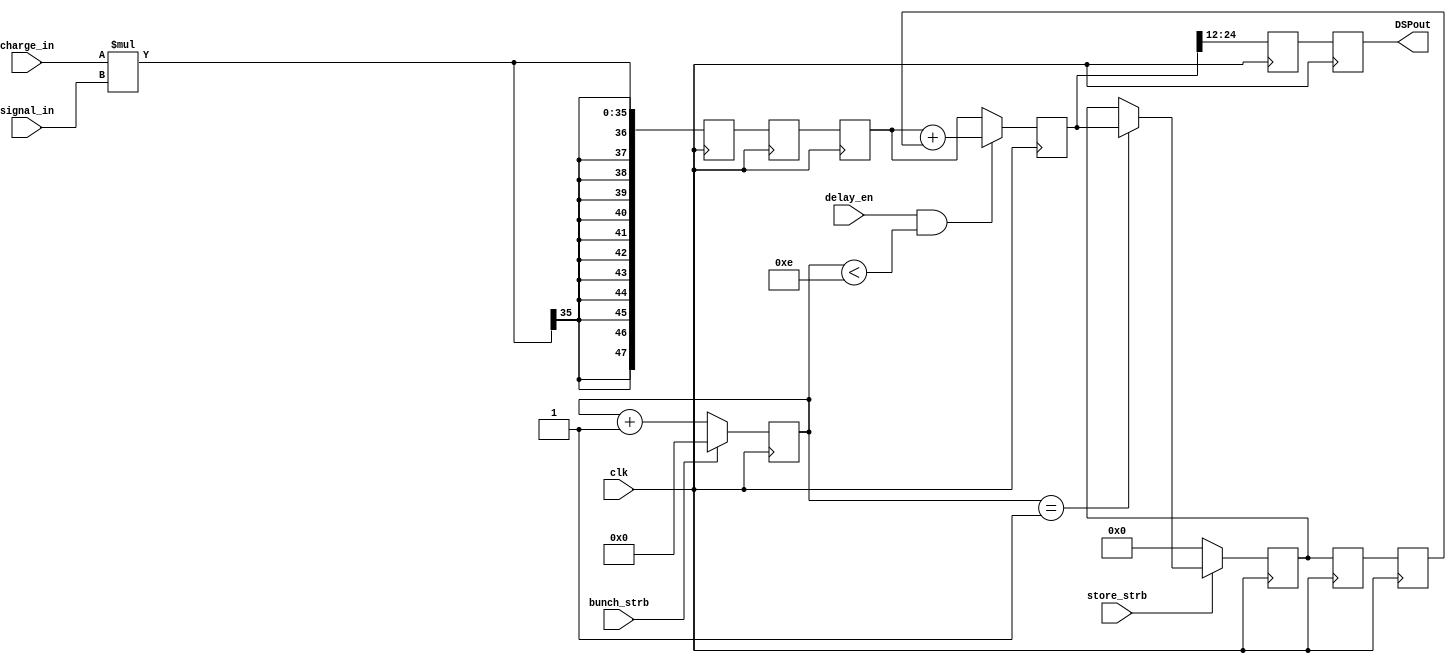
module DSP48E_1(
			input signed [20:0] charge_in,
			input signed [14:0] signal_in,
			input delay_en,
			input clk,
			input store_strb,
			output reg [12:0] DSPout,
			input bunch_strb
    );


(* equivalent_register_removal = "no"*) reg [7:0] j;

reg signed [47:0]  DSPout_temp, DSPout_temp2,DSPout_temp4,DSPout_temp5;
reg signed [47:0] delayed =48'b0; 
reg signed [47:0] delayed_a =48'b0; 
reg signed [47:0] delayed_b =48'b0; 
reg signed [12:0] DSPout_temp6;
//reg signed [47:0] delayed_c =48'b0; 
initial DSPout=0;
//reg signed [20:0] charge_in_a;
//reg signed [14:0] signal_in_a;

always @ (posedge clk) begin
if (delay_en==1 & j<14) begin
//charge_in_a<=charge_in;
//signal_in_a<=signal_in;
DSPout_temp <= (charge_in*signal_in);
DSPout_temp2<=DSPout_temp;
DSPout_temp4<=DSPout_temp2;
DSPout_temp5<=DSPout_temp4+delayed;
DSPout_temp6 <= DSPout_temp5[24:12];
DSPout<=DSPout_temp6;

end
else begin
//charge_in_a<=charge_in;
//signal_in_a<=signal_in;
DSPout_temp <= (charge_in*signal_in);
DSPout_temp2<=DSPout_temp;
DSPout_temp4<=DSPout_temp2;
DSPout_temp5<=DSPout_temp4;
DSPout_temp6 <= DSPout_temp5[24:12];
DSPout<=DSPout_temp6;
end
end


// ***** Clk Counter after strobe *****
always @ (posedge clk) begin
//j<=j_a;
if (~bunch_strb) j<=j+1;
else j<=0;
end

always @ (posedge clk) begin
delayed<=delayed_a;
delayed_a<=delayed_b;
if (~store_strb) begin
delayed_b<=0;
end
else if (j==1) delayed_b<=DSPout_temp5;
else delayed_b<=delayed_b;
end

endmodule